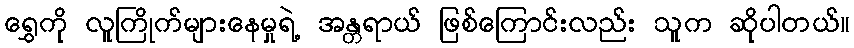
ရွှေကို လူကြိုက်များနေမှုရဲ့ အန္တရာယ် ဖြစ်ကြောင်းလည်း သူက ဆိုပါတယ်။